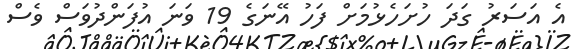
އެ އަސަރު ގަދަ ހުށަހެޅުމަށް ފަހު އޭނަގެ 19 ވަނަ އުފަންދުވަސް ވެސް